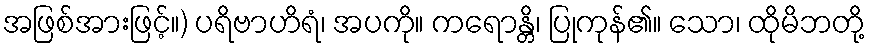
အဖြစ်အားဖြင့်။) ပရိဗာဟိရံ၊ အပကို။ ကရောန္တိ၊ ပြုကုန်၏။ သော၊ ထိုမိဘတို့